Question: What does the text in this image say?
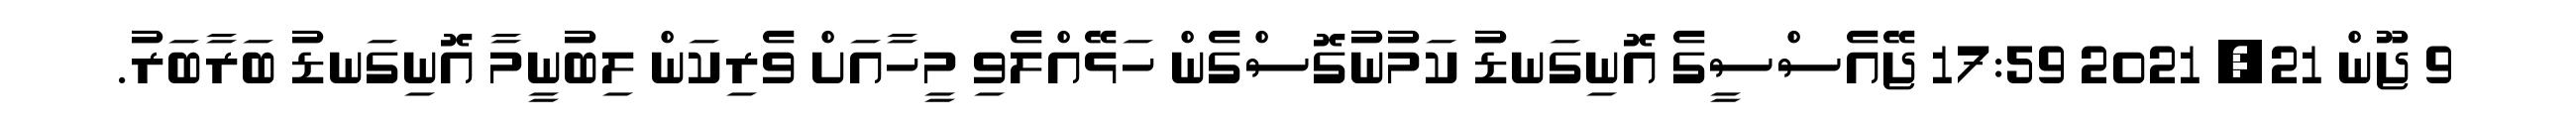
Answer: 9 ޖޫން 21, 2021 17:59 ޖޭއެސްސީގެ އޮނިގަނޑު ކަމުނުގޮސްގެން ހަޅޭއްލެވި މީހާއަށް ވެރިކަން ލިބުނީމާ އޮނިގަނޑު ބަރާބަރު.